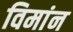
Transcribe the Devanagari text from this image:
विमांन